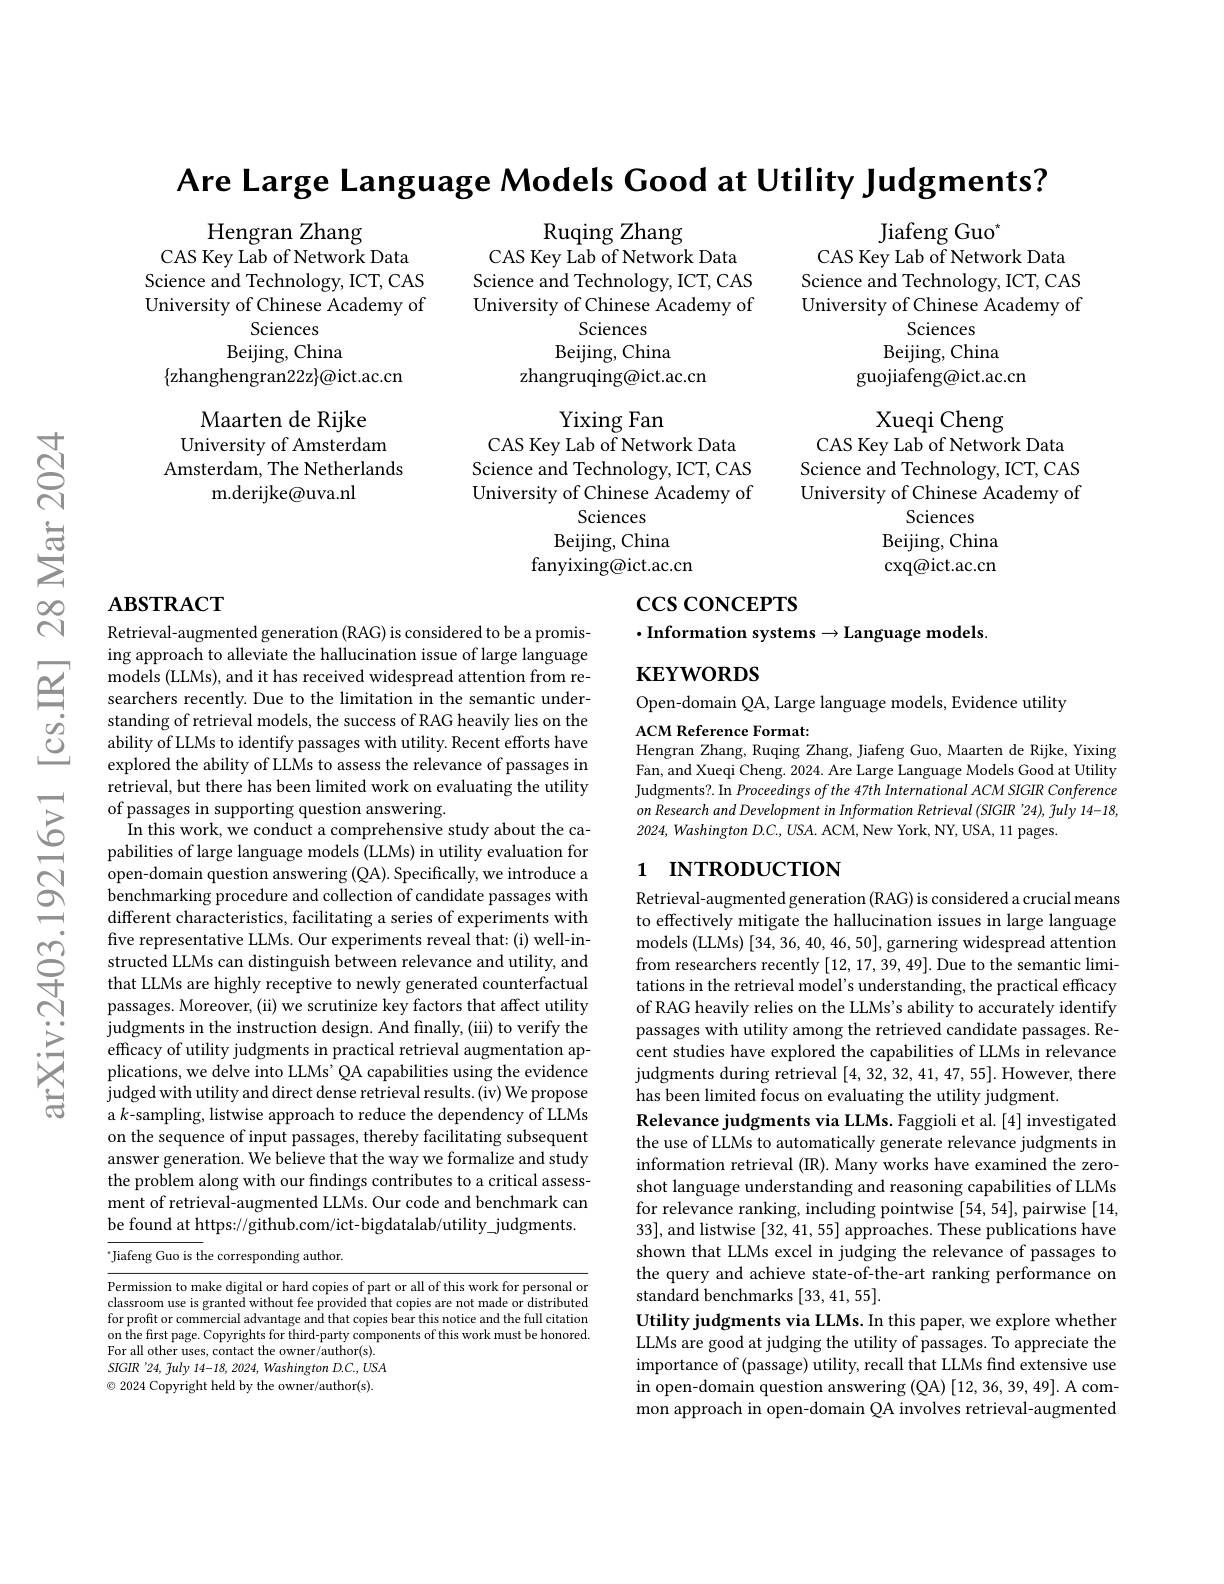
Are Large Language Models Cood at Utility Judgments?

$\operatorname{Ruqing}$Zhang
CAS Key Lab of Network Data

Jiafeng Guo$^*$

Science and Technology, ICT, CAS University of Chinese Academy of
Sciences
Beijing, China
zhangruqing@ict.ac.cn

CAS Key Lab of Network Data Science and Technology, ICT, CAS University of Chinese Academy of
Sciences
Beijing, China
guojiafeng@ict.ac.cn

Hengran Zhang
CAS Key Lab of Network Data Science and Technology, ICT, CAS University of Chinese Academy of
Sciences
Beijing, China
$\{$zhanghengran22z$\}\textcircled{a}$ict.ac.cn
Maarten de Rijke
University of Amsterdam Amsterdam, The Netherlands
m.derijke@uva.nl

Yixing Fan
CAS Key Lab of Network Data Science and Technology, ICT, CAS University of Chinese Academy of
Sciences
Beijing, China
fanyixing@ict.ac.cn

Xueqi Cheng
CAS Key Lab of Network Data Science and Technology, ICT, CAS University of Chinese Academy of
Sciences
Beijing, China $\operatorname{cxq@ict.ac.cn}$

## $\mathbf{ABSTRACT}$

$\csc\cos$coNCEPTS

$\cdot$Information systems$\to$Language models.

$\mathbf{KEYWORDS}$

Open-domain QA, Large language models, Evidence utility

ACM Reference Format:
Hengran Zhang, Ruqing Zhang, Jiafeng Guo, Maarten de Rijke, Yixing Fan, and Xueqi Cheng. 2024. Are Large Language Models Good at Utility Judgments?. In Proceedings of the 47th International ACM SIGIR Conference $on$ Research and Development in Information Retrieval (SIGIR '24), July 14-18, 2024, Washington D.C., USA. ACM, New York, NY, USA, 11 pages.

## 1 INTRODUCTION

Retrieval-augmented generation (RAG) is considered to be a promising approach to alleviate the hallucination issue of large language models (LLMs), and it has received widespread attention from researchers recently. Due to the limitation in the semantic understanding of retrieval models, the success of RAG heavily lies on the ability of LLMs to identify passages with utility. Recent efforts have explored the ability of LLMs to assess the relevance of passages in retrieval, but there has been limited work on evaluating the utility of passages in supporting question answering.
In this work, we conduct a comprehensive study about the capabilities of large language models (LLMs) in utility evaluation for open-domain question answering (QA). Specifically, we introduce a benchmarking procedure and collection of candidate passages with different characteristics, facilitating a series of experiments with five representative LLMs. Our experiments reveal that: (i) well-instructed LLMs can distinguish between relevance and utility, and that LLMs are highly receptive to newly generated counterfactual passages. Moreover, (ii) we scrutinize key factors that affect utility judgments in the instruction design. And finally, (iii) to verify the efficacy of utility judgments in practical retrieval augmentation applications, we delve into LLMs' QA capabilities using the evidence judged with utility and direct dense retrieval results. ( iv) We propose a $k$-sampling, listwise approach to reduce the dependency of LLMs on the sequence of input passages, thereby facilitating subsequent answer generation. We believe that the way we formalize and study the problem along with our findings contributes to a critical assessment of retrieval-augmented LLMs. Our code and benchmark can be found at https://github.com/ict-bigdatalab/utility judgments. $^{*}$Jiafeng Guo is the corresponding author.

Retrieval-augmented generation (RAG) is considered a crucial means to effectively mitigate the hallucination issues in large language models (LLMs) [34, 36, 40, 46, 50], garnering widespread attention from researchers recently [12,17,39,49]. Due to the semantic limitations in the retrieval model's understanding, the practical efficacy of RAG heavily relies on the LLMs's ability to accurately identify passages with utility among the retrieved candidate passages. Recent studies have explored the capabilities of LLMs in relevance judgments during retrieval [4,32,32,41,47,55]. However, there has been limited focus on evaluating the utility judgment.
Relevance judgments via LLMs. Faggioli et al. [4] investigated the use of LLMs to automatically generate relevance judgments in information retrieval (IR). Many works have examined the zeroshot language understanding and reasoning capabilities of LLMs for relevance ranking, including pointwise [54,54], pairwise [14, 33], and listwise [32,41,55] approaches. These publications have shown that LLMs excel in judging the relevance of passages to the query and achieve state-of-the-art ranking performance on standard benchmarks [33,41,55].
Utility judgments via LLMs. In this paper, we explore whether LLMs are good at judging the utility of passages. To appreciate the importance of (passage) utility, recall that LLMs find extensive use in open-domain question answering (QA) [12, 36, 39, 49]. A com- $\hat{\text{mon approach in open-domain QA involves retrieval-augmented}}$

Permission to make digital or hard copies of part or all of this work for personal or classroom use is granted without fee provided that copies are not made or distributed for profit or commercial advantage and that copies bear this notice and the full citation on the first page. Copyrights for third-party components of this work must be honored. For all other uses, contact the owner/author(s). SIGIR '24, fuly 14-18, 2024, Washington D.C., USA $\textcircled{\circ}$ 2024 Copyright held by the owner/author(s).